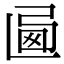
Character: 𢏩